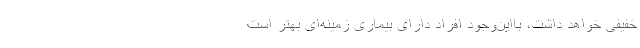
خفیفی خواهد داشت، بااین‌وجود افراد دارای بیماری زمینه‌ای بهتر است